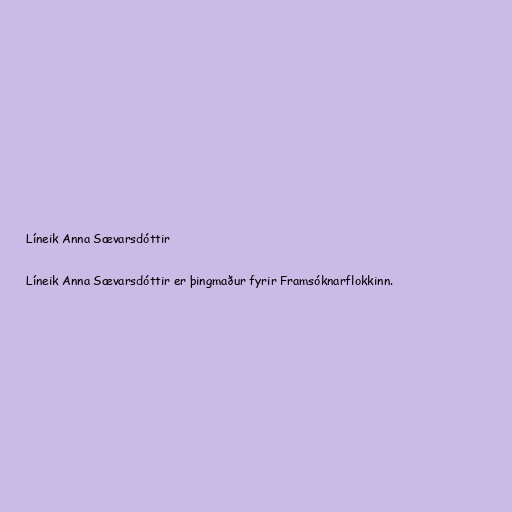
Líneik Anna Sævarsdóttir

Líneik Anna Sævarsdóttir er þingmaður fyrir Framsóknarflokkinn.